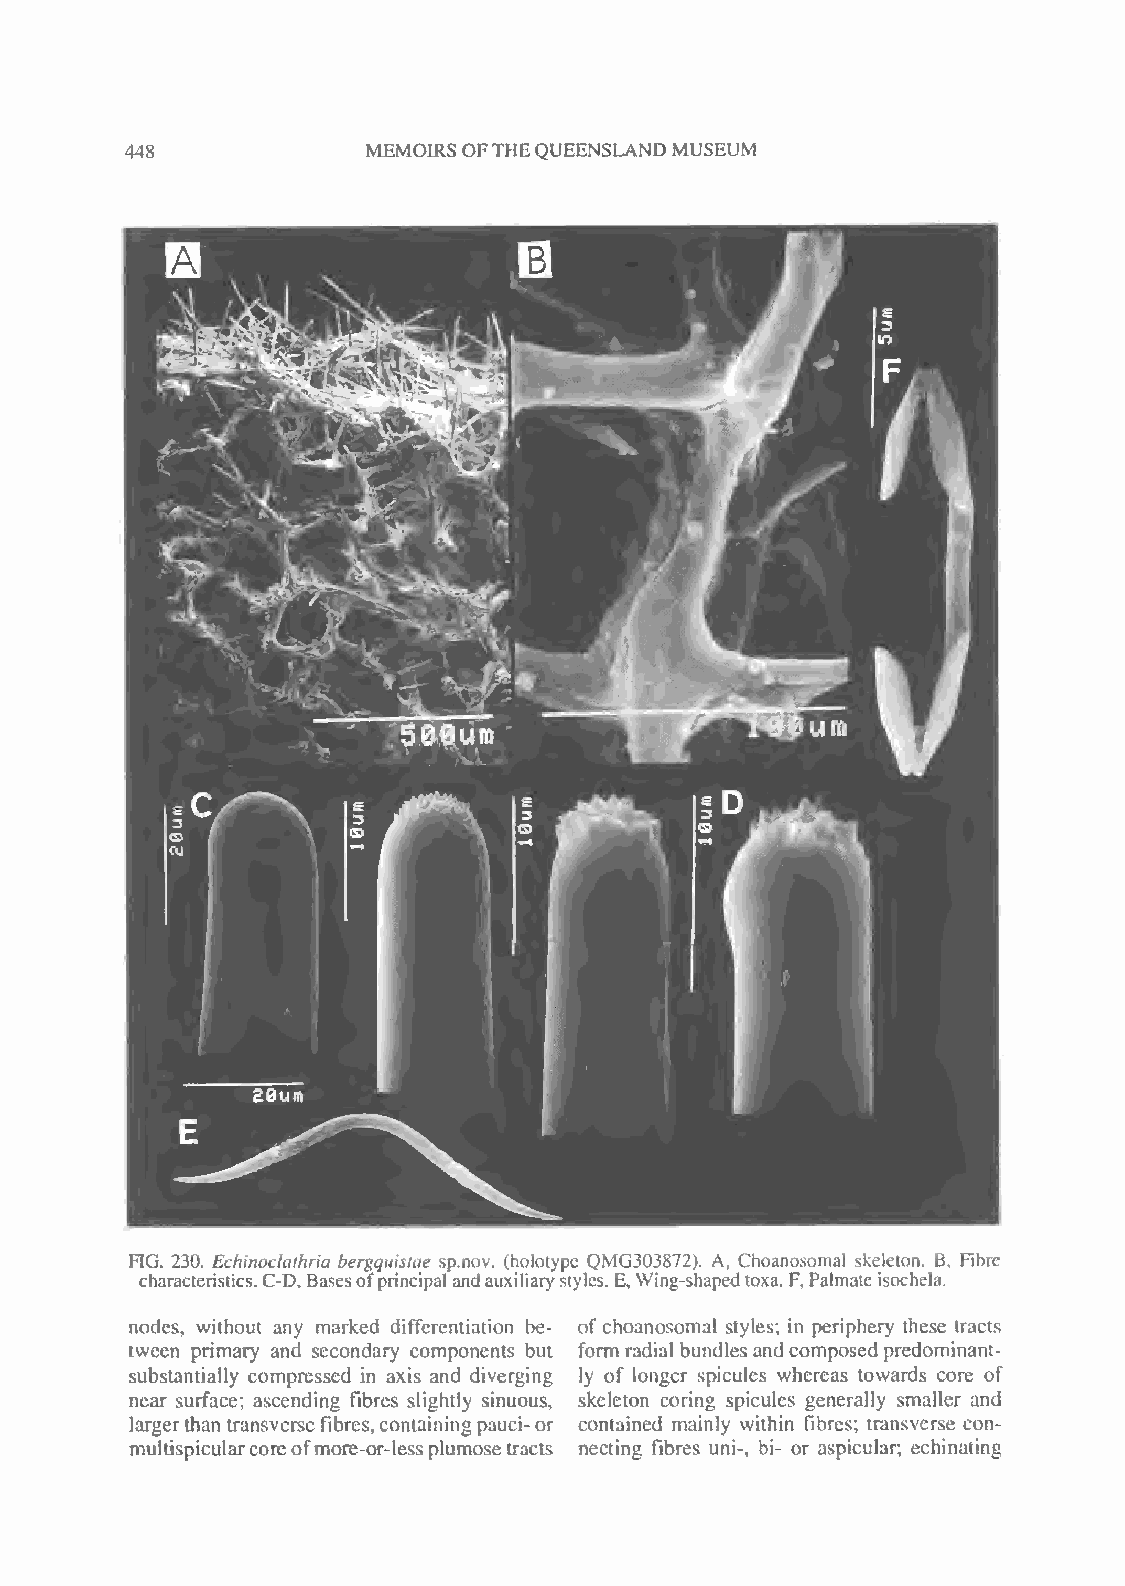
448             MEMOIRS OFTHEQUEENSLAND MUSEUM
 FIG. 230. Echinoclathria bergquistae sp.nov. (holotypc QMG303872). A, Choanosomal skeleton. B, Fibre
 characteristics. C-D, Basesofprincipal andauxiliary styles. E, Wing-shaped toxa. F, Palmate isochela.
 nodes, without any marked differentiation be- of choanosomal styles; in periphery these tracts
 tween primary and secondary components but form radial bundles andcomposed predominant-
 substantially compressed in axis and diverging ly of longer spicules whereas towards core of
 near surface; ascending fibres slightly sinuous, skeleton coring spicules generally smaller and
 largerthantransverse fibres,containing pauci-or contained mainly within fibres; transverse con-
 multispicularcoreofmore-or-lessplumosetracts necting fibres uni-, bi- or aspicular; echinating